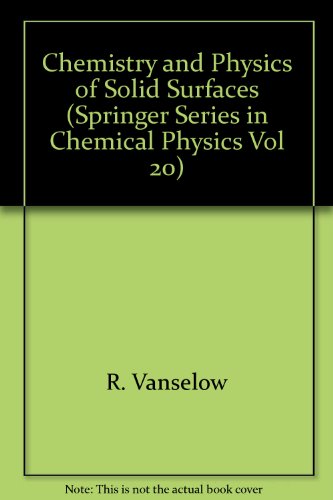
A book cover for Chemistry & Physics of Solid Surfaces, Vol. 4; Science & Math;